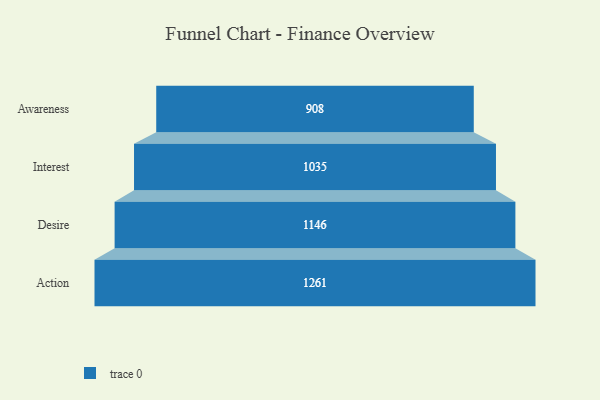
{"axis": {"x": "Stage", "y": "Value"}, "legend": [""], "data": [{"x": "Awareness", "y": 908.0, "type": ""}, {"x": "Interest", "y": 1035.0, "type": ""}, {"x": "Desire", "y": 1146.0, "type": ""}, {"x": "Action", "y": 1261.0, "type": ""}]}